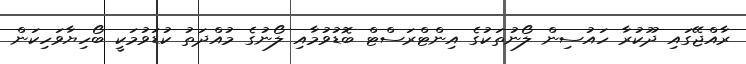
ރާއްޖޭގައި ދޫކުރާ ހައުސިން ލޯނުތަކުގެ އިންޓްރަސްޓް ބޮޑުވުމާއި ލޯނުގެ މުއްދަތު ކުޑަވުމަކީ ބޯހިޔާވަހިކަން